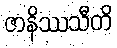
ဇာနိဿသီတိ